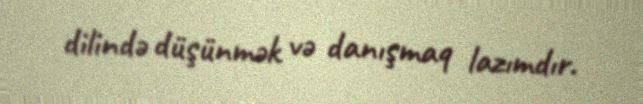
dilində düşünmək və danışmaq lazımdır.